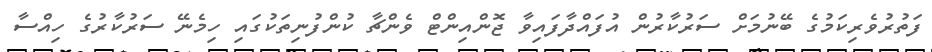
ފަތުރުވެރިކަމުގެ ބޭނުމަށް ސަރުކާރުން އުފައްދާފައިވާ ޖޮންއިންޓް ވެންޗާ ކުންފުނިތަކުގައި ހިމެނޭ ސަރުކާރުގެ ހިއްސާ